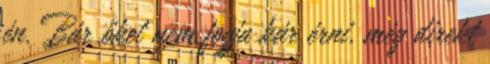
én. Bár őket nem fogja kár érni, még direkt